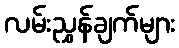
လမ်းညွှန်ချက်များ